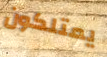
يمتلكون